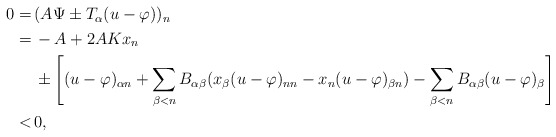
\begin{align*}\begin{aligned}0 = \,& (A \Psi \pm T_\alpha (u - \varphi))_n\\ = \,& - A + 2 A K x_n \\ & \pm \left[(u - \varphi)_{\alpha n}+\sum_{\beta<n}B_{\alpha\beta}(x_{\beta}(u-\varphi)_{nn}-x_n(u-\varphi)_{\beta n})-\sum_{\beta<n}B_{\alpha\beta}(u-\varphi)_{\beta}\right]\\ < \,& 0,\end{aligned}\end{align*}